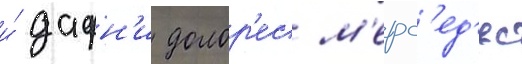
и́ дафн'и долор'ес м'ерс'ед'ес